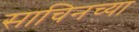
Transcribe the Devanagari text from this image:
साचिनच्या